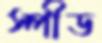
স্পীড